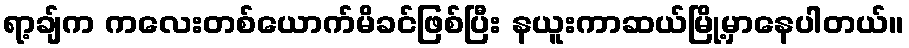
ရာ့ချ်က ကလေးတစ်ယောက်မိခင်ဖြစ်ပြီး နယူးကာဆယ်မြို့မှာနေပါတယ်။